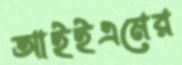
আইইএমের